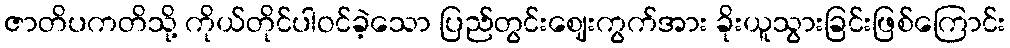
ဇာတိပကတိသို့ ကိုယ်တိုင်ပါဝင်ခဲ့သော ပြည်တွင်းဈေးကွက်အား ခိုးယူသွားခြင်းဖြစ်ကြောင်း